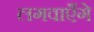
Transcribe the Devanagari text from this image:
लगवाएँगे